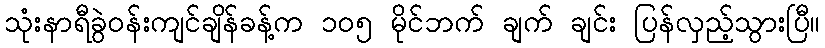
သုံးနာရီခွဲဝန်းကျင်ချိန်ခန့်က ၁၀၅ မိုင်ဘက် ချက် ချင်း ပြန်လှည့်သွားပြီ။